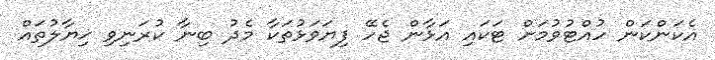
އެކަންކަން ހުއްޓުވުމަށް ޓަކައި އަޅާން ޖެހޭ ފިޔަވަޅުތަކާ މެދު ބިނާ ކުރަނިވި ޚިޔާލުތައް